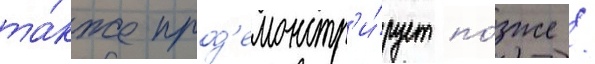
та́кже прод'емонстр'и́рует по́зже /